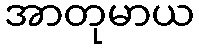
အာတုမာယ